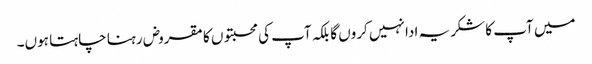
میں آپ کا شکریہ ادا نہیں کروں گا بلکہ آپ کی محبتوں کا مقروض رہنا چاہتا ہوں۔